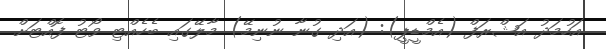
އަހުމަދު އަޝްރަފް (އެމްޑީޕީ): (އަދި ގުނާ ނުނިމޭ) މާލޭގައި ބެހެއްޓި ވޯޓު ފޮއްޓަށް